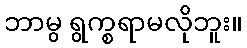
ဘာမွ ရွက္စရာမလိုဘူး။